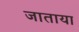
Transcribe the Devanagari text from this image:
जाताया